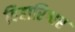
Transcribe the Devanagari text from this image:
बिहारिश्वर